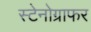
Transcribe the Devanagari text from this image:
स्टेनोग्राफर